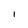
Character: I